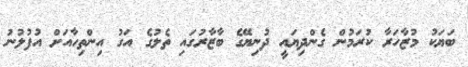
ބަޔަކު މުޒާހަރާ ކުރަމުން ގެންދިޔައީ ދުނިޔޭގެ ބާޒާރުގައި ތެލުގެ އަގު އިންތިހާއަށް އުފުލުނު